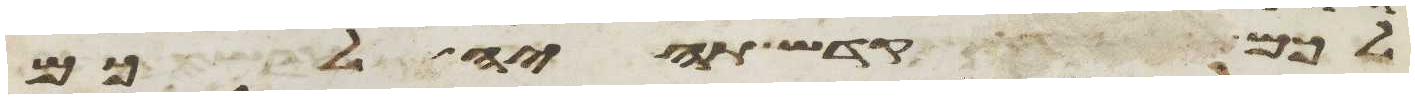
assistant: לכם קדש תהיה לכם